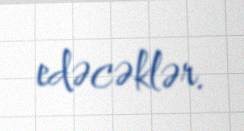
edəcəklər.